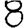
Digit: 8